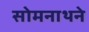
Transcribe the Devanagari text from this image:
सोमनाथने